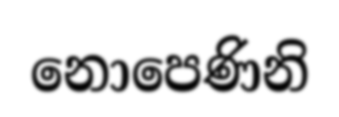
නොපෙණිනි